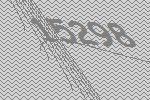
15298